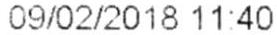
09/02/2018 11:40